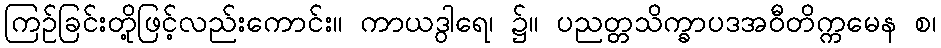
ကြဉ်ခြင်းတို့ဖြင့်လည်းကောင်း။ ကာယဒွါရေ၊ ၌။ ပညတ္တသိက္ခာပဒအဝီတိက္ကမေန စ၊